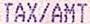
TAX/AMT